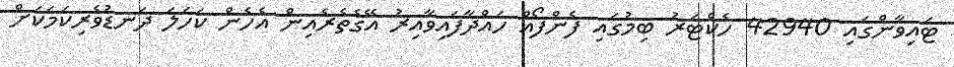
ޓައިވާންގައި 42940 ހެކްޓަރު ބިމުގައި ފެންފޯއް ހައްދާފައިވާއިރު އޭގެތެރެއިން އެހެން ކަހަލަ ދަނޑުވެރިކަމަކަށް